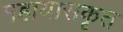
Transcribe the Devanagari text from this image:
महायासकृत